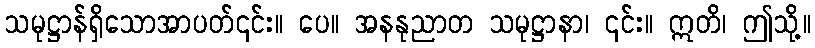
သမုဋ္ဌာန်ရှိသောအာပတ်၎င်း။ ပေ။ အနနုညာတ သမုဋ္ဌာနာ၊ ၎င်း။ ဣတိ၊ ဤသို့။